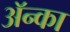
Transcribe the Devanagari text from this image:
अॅन्का